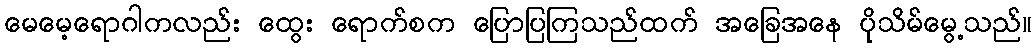
မေမေ့ရောဂါကလည်း ထွေး ရောက်စက ပြောပြကြသည်ထက် အခြေအနေ ပိုသိမ်မွေ့သည်။